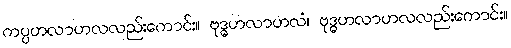
ကပ္ပဟလာဟလလည်းကောင်း။ ဗုဒ္ဓဟလာဟလံ၊ ဗုဒ္ဓဟလာဟလလည်းကောင်း။